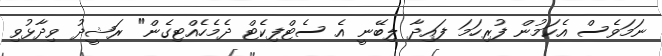
ނަމަވެސް އެކަމުން ފުރިހަމަ ފައިދާ ލިބޭނީ އެ ސެޓްފިކެޓް ދެމެހެއްޓިގެން" ރަޝީދު ވިދާޅުވި